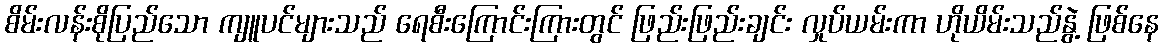
စိမ်းလန်းစိုပြည်သော ကျူပင်များသည် ရေစီးကြောင်းကြားတွင် ဖြည်းဖြည်းချင်း လှုပ်ယမ်းကာ ဟိုယိမ်းသည်နွဲ့ ဖြစ်နေ